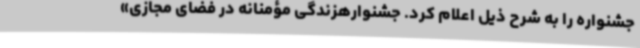
جشنواره را به شرح ذیل اعلام کرد. جشنوارهزندگی مؤمنانه در فضای مجازی»